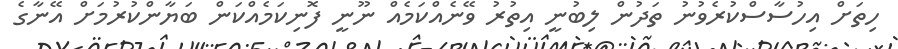
ހިތަށް އިހުސާސްކުރެވުނު ތަދުން ލިބުނީ އިތުރު ވޭނެއްކަމެއް ނޫނީ ފޮނިކަމެއްކަން ބަޔާންކުރުމަށް އޭނާގެ